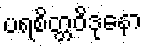
ပရစိတ္တဝိဒုနော